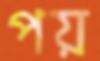
পয়